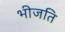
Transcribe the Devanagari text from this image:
भीजति